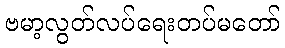
ဗမာ့လွတ်လပ်ရေးတပ်မတော်